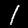
Label: 1